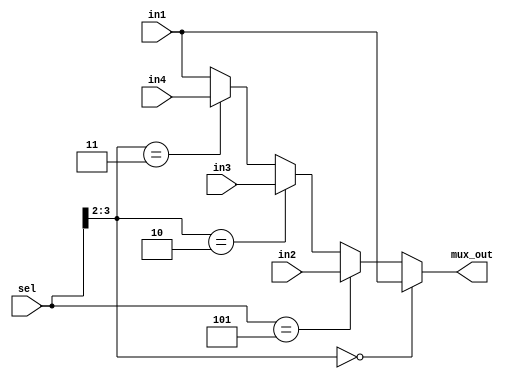
module MUX_4X1(
    input        [47:0] in1, // 0
    input        [47:0] in2, // M
    input        [47:0] in3, // 48'hFFFFFFFFFFFF
    input        [47:0] in4, // C
    input        [3:0]  sel,
    output reg   [47:0] mux_out
);
    always @(*) begin
        if (sel[3:2] == 'b0) begin
            mux_out = in1;
        end
        else if (sel[3:0] == 'b0101)begin
             mux_out = in2;   
        end
        else if (sel[3:2] == 'b10) begin
             mux_out = in3;
        end
        else if (sel[3:2] == 'b11) begin
             mux_out = in4;
        end
        else begin
             mux_out = in1;
        end
    end
    
endmodule